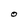
Character: O